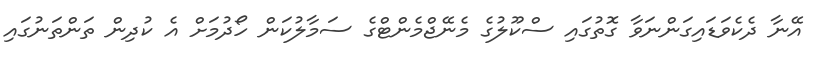
އޭނާ ދެކެވަޑައިގަންނަވާ ގޮތުގައި ސްކޫލުގެ މެނޭޖްމެންޓްގެ ސަމާލުކަން ހޯދުމަށް އެ ކުދިން ތަންތަނުގައި